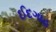
ઈદગાહ